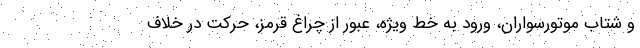
و شتاب موتورسواران، ورود به خط ویژه، عبور از چراغ قرمز، حرکت در خلاف